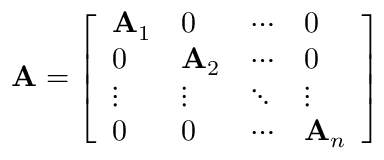
\mathbf { A } = { \left[ \begin{array} { l l l l } { \mathbf { A } _ { 1 } } & { 0 } & { \cdots } & { 0 } \\ { 0 } & { \mathbf { A } _ { 2 } } & { \cdots } & { 0 } \\ { \vdots } & { \vdots } & { \ddots } & { \vdots } \\ { 0 } & { 0 } & { \cdots } & { \mathbf { A } _ { n } } \end{array} \right] }